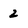
Character: 2